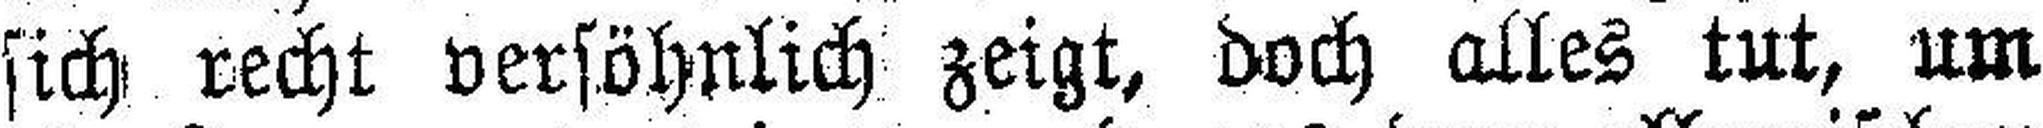
sich recht versöhnlich zeigt, doch alles tut, um